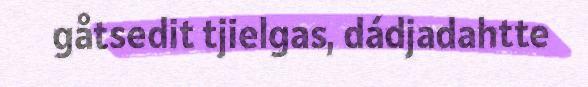
gåtsedit tjielgas, dádjadahtte